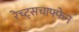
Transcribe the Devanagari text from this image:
रेच्ट्सचाफ्फेन